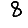
Digit: 8